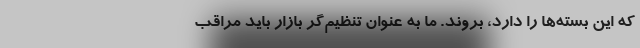
که این بسته‌ها را دارد، بروند. ما به عنوان تنظیم‌گر بازار باید مراقب